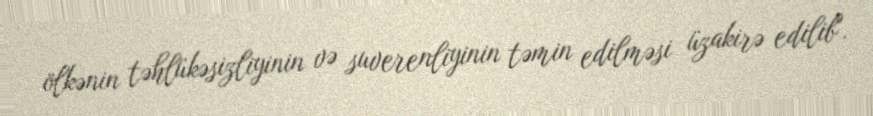
ölkənin təhlükəsizliyinin və suverenliyinin təmin edilməsi üzakirə edilib".